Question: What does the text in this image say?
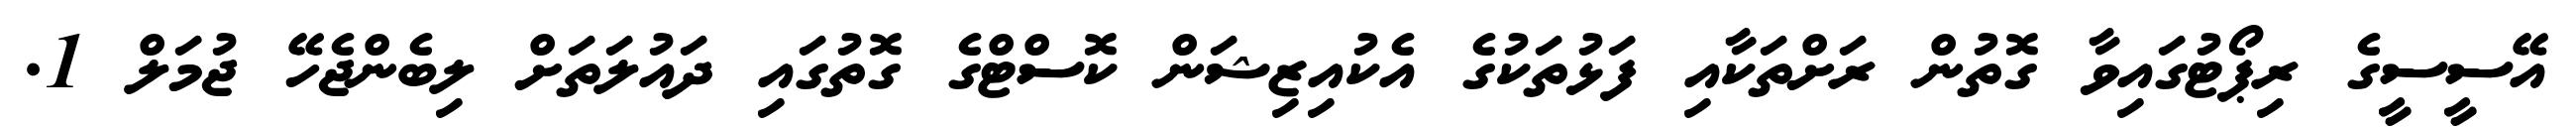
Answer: އޭސީސީގެ ރިޕޯޓުގައިވާ ގޮތުން ރަށްތަކާއި ފަޅުތަކުގެ އެކުއިޒިޝަން ކޮސްޓްގެ ގޮތުގައި ދައުލަތަށް ލިބެންޖެހޭ ޖުމަލް 1.